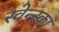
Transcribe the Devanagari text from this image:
स्वेन्स्का